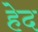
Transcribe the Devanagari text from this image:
हेद